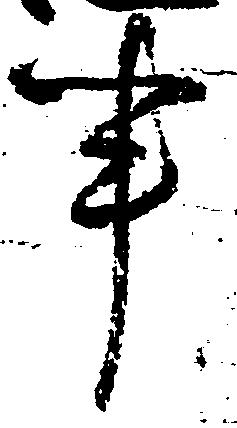
申